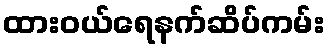
ထားဝယ်ရေနက်ဆိပ်ကမ်း